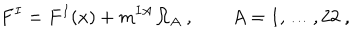
LaTeX: F ^ { I } = F ^ { I } ( x ) + m ^ { I A } \, \Omega _ { A } \ , \qquad A = 1 , \ldots , 2 2 \ ,